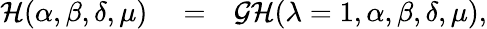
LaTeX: \begin{array}{rlr}{\mathcal{H}(\alpha,\beta,\delta,\mu)}&{{}=}&{\mathcal{GH}(\lambda=1,\alpha,\beta,\delta,\mu),}\end{array}